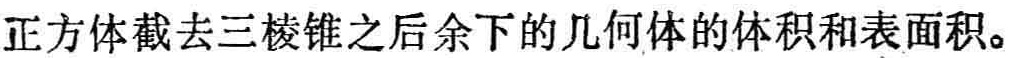
正方体截去三棱锥之后余下的几何体的体积和表面积。